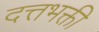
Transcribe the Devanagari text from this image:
दत्तभक्ती